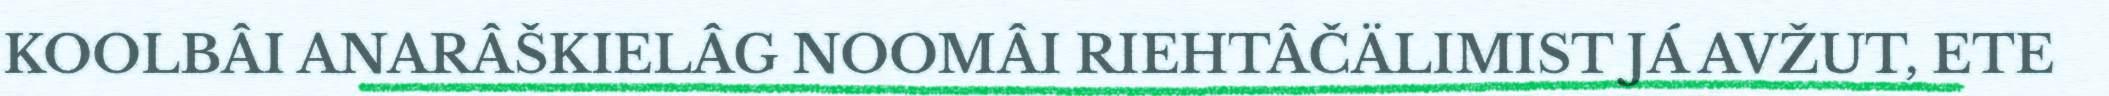
KOOLBÂI ANARÂŠKIELÂG NOOMÂI RIEHTÂČÄLIMIST JÁ AVŽUT, ETE